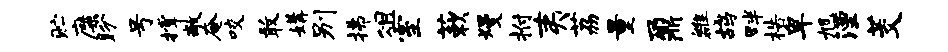
贮靡盼号撑敞奄咬敢媾别拂俎室蔌熳拊夷荔量鼐雒鸪畔梏卑旭湮茭